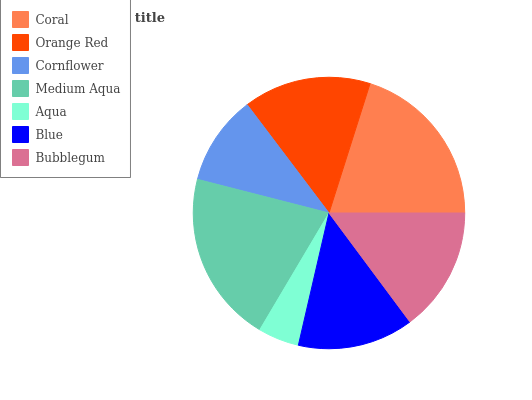
| Coral | Orange Red | Cornflower | Medium Aqua | Aqua | Blue | Bubblegum |
 | --- | --- | --- | --- | --- | --- | --- |
 | 20.1% | 15.2% | 10.7% | 20.5% | 4.9% | 13.8% | 14.8% |